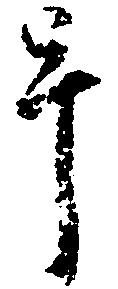
畢